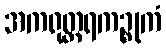
အကရုတ္တရကဉ္စုကံ